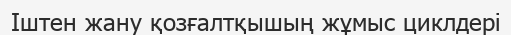
Іштен жану қозғалтқышың жұмыс циклдері